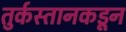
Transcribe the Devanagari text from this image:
तुर्कस्तानकडून